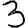
Digit: 3